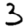
Digit: 3